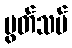
ပွတ်သပ်